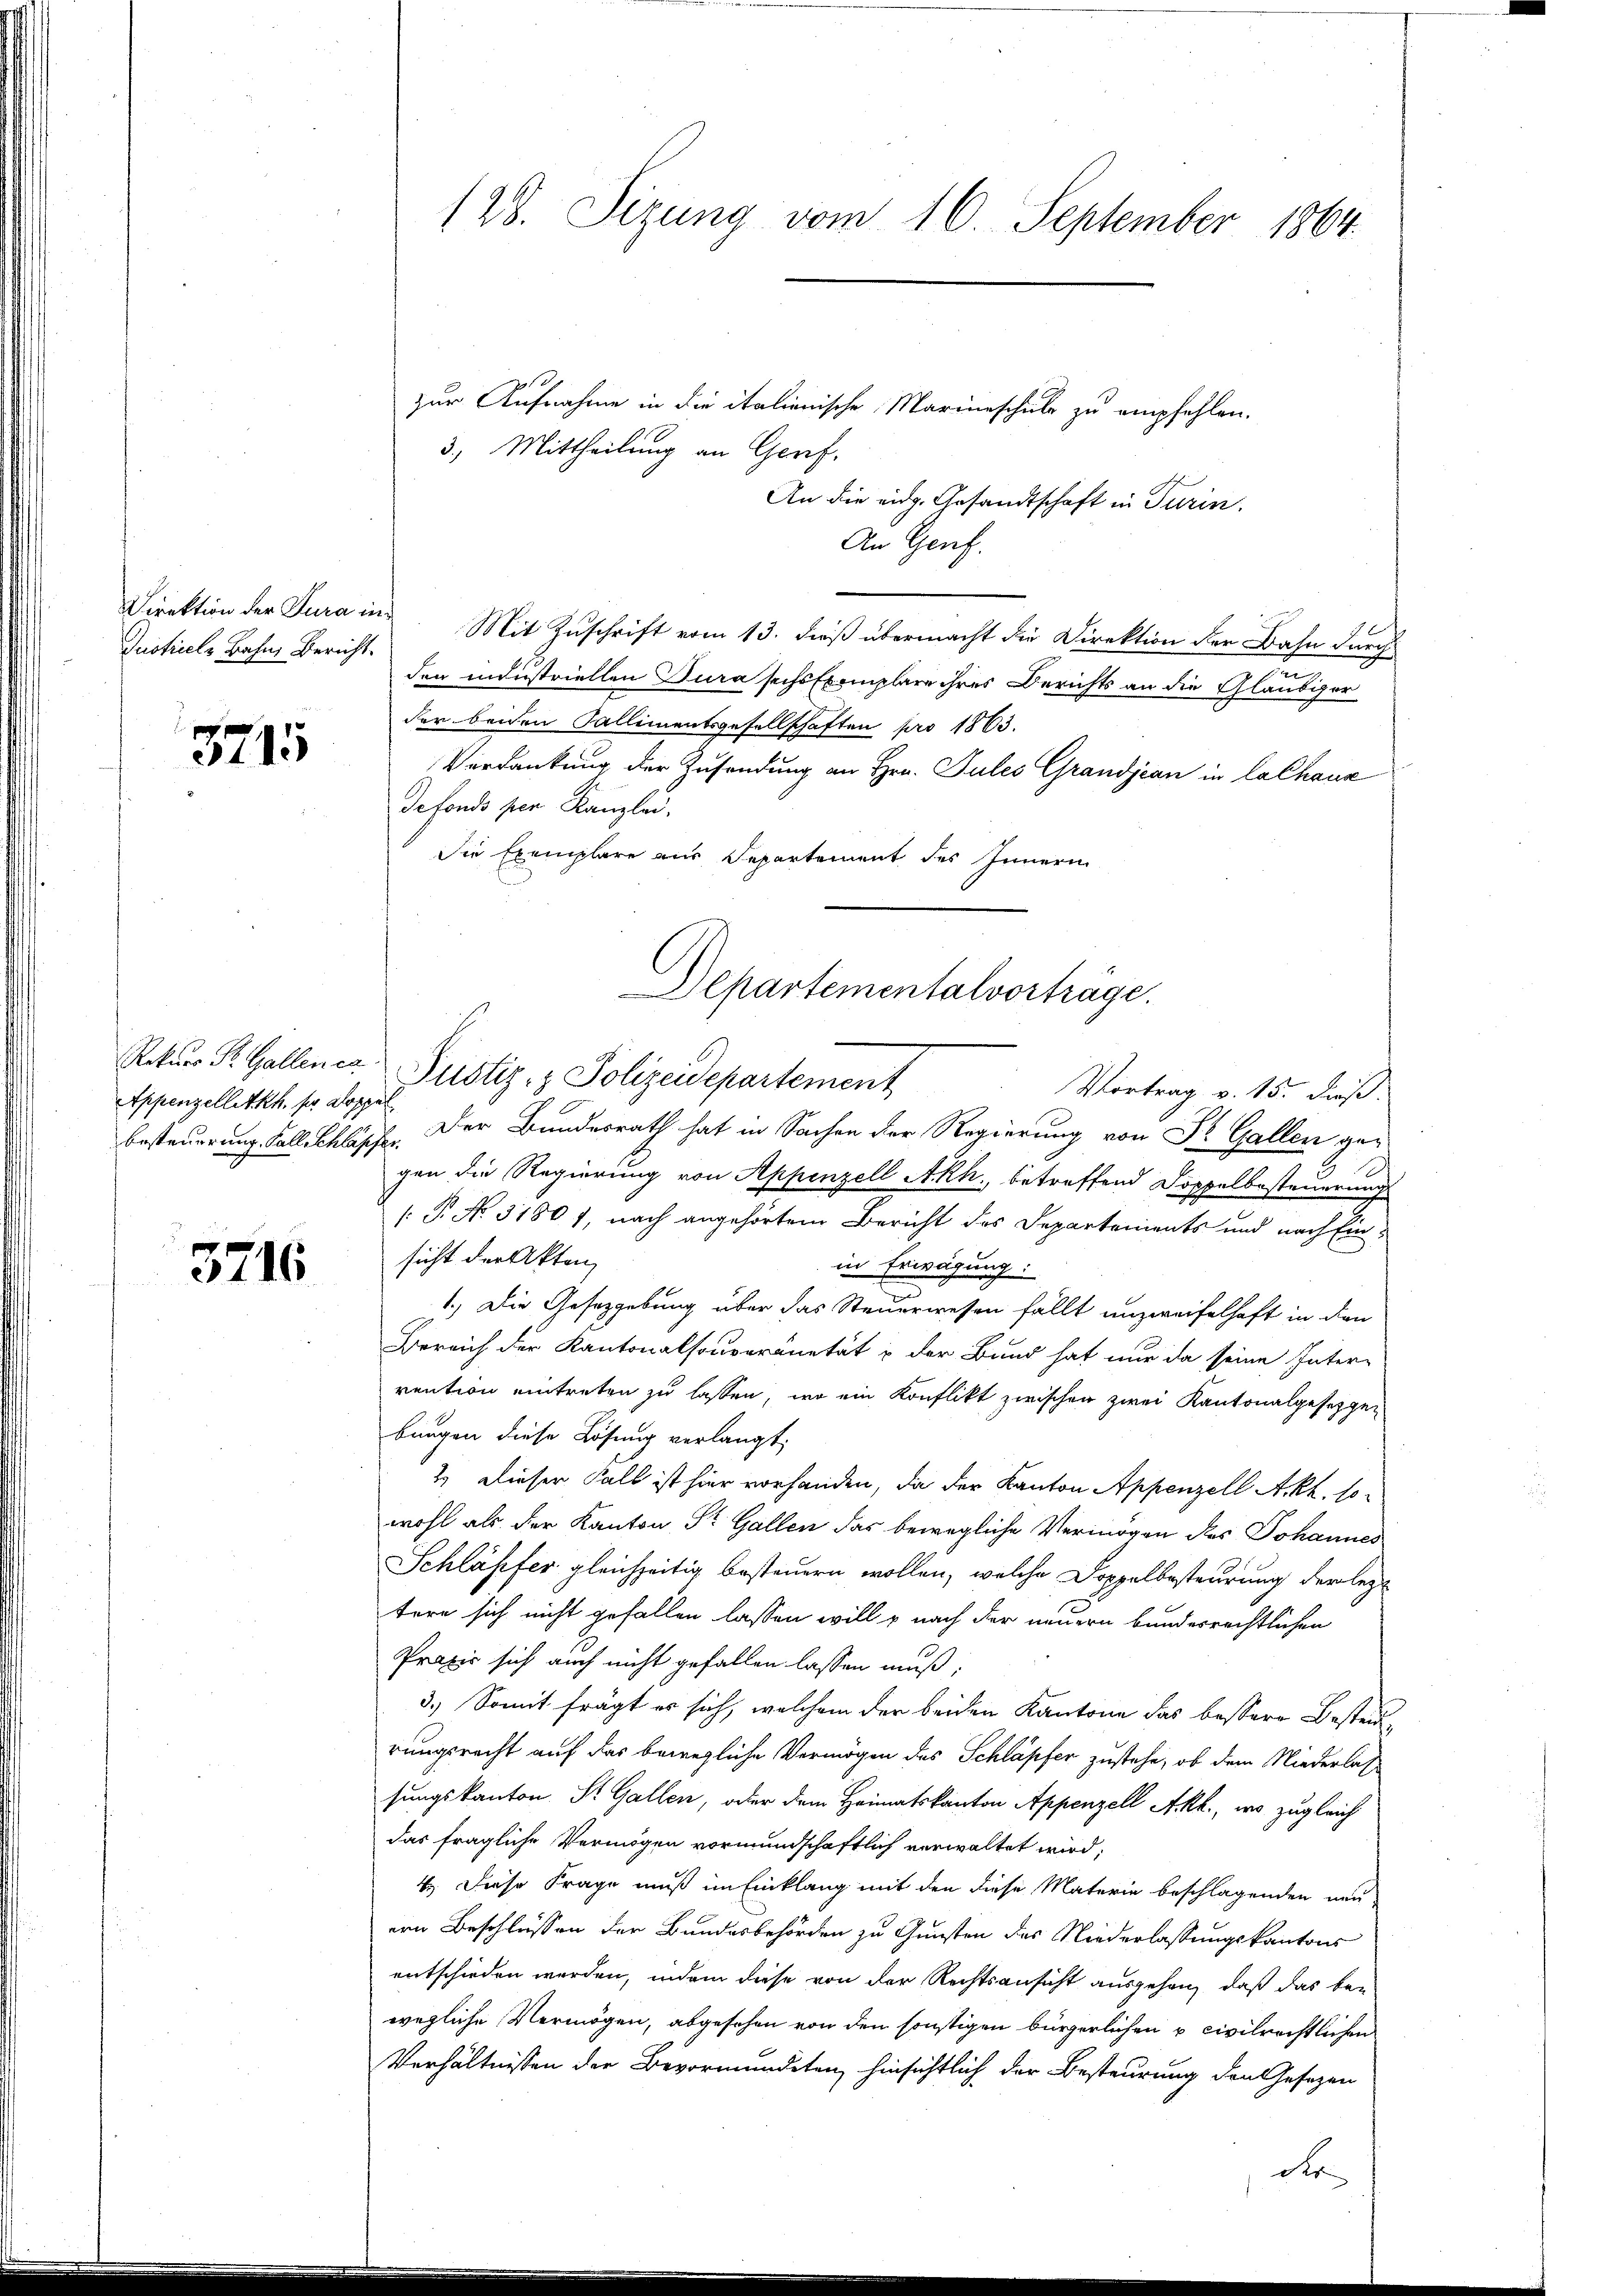
Justiele Bahn, Bericht.

3215

Appenzelletkh. so doppel

3716

128. Sizung vom 16. September 1864.

zur Aufnahme in die italienische Marienschule zu empfehlen.
3.) Mittheilung an Gerf.
An die eidg. Gesandtschaft in Turin.
An Genf.
Direktion der Turanz. Mit Zuschrift vom 13. dieß übermacht die Direktion der Bahn durch
n
den industriellen Dura sechs Exemplare ihres Berichts an die Gläubiger
der beiden Kallimentsgesellschaften pro 1863.
Verdankung der Zusendung an Hrn. Pules Grandjean in la Chaux
defonds per Kanzlei.
Die Exemplare aus Departement des Innern
Rekurs St. Gallence Justiz- & Polizeidepartement
besteuerung soll Schläsche. Der Bundesrath hat in Sachen der Regierung von Dr. Gallen gegen die Regierung von Appenzell Akh., betreffend Doppelbesteuerung
[P No. 31801, nach angehörtem Bericht des Departements und nach Einsicht der Akten,
in Erwägung:
1.) Die Gesetzgebung über das Steuerwesen fällt unzweifelhaft in den
Bereich der Kantonalsouveränetät & der Bund hat nur da seine Inter-
vention eintreten zu lassen, wo ein Konflikt zwischen zwei Kantonalgesetzgebungen diese Lösung verlangt,
2. Dieser Fall ist hier vorhanden, da der Kanton Appenzell Akt, so
wohl als der Kanton Sr. Gallen das bewegliche Vermögen des Johannes
Schläpfer gleichzeitig besteuern wollen, welche Doppelbesteurung der leztere sich nicht gefallen lassen will u nach der neuern bundesrechtlichen
Praxis sich auch nicht gefallen lassen muß:
3.) Somit frägt er sich, welchem der beiden Kantone das bessere Besteirungsrecht auf das bewegliche Vermögen des Schläpfer zustehe, ob dem Niederlassungskanton St. Gallen, oder dem Heimatskanton Appenzell Akk., wo zugleich
das fragliche Vermögen vormundschaftlich verwaltet wird,
4.) Diese Frage muß im Einklang mit den diese Materie beschlagenden neu
ern Beschlüssen der Bundesbehörden zu Gunsten des Niederlassungskantons
entschieden werden, indem diese von der Rechtsansicht ausgehen, daß das bewegliche Vermögen, abgesehen von den sonstigen bürgerlichen u. civilrechtlichen
Verhältnissen der Bevormundeten, hinsichtlich der Besteurung den Gesezen

Departementalvorträge.
Vortrag v. 15. dieß.